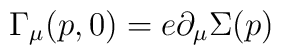
\Gamma_{\mu}(p,0)=e \partial_{\mu} \Sigma(p)